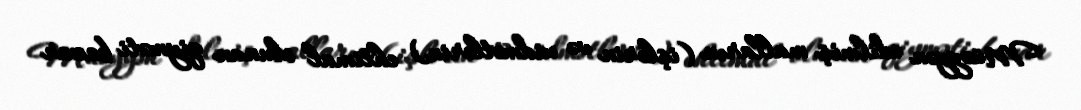
Müəyyən edilmiş malların (işlərin və xidmətlərin) ehtimal olunan qiyməti bazar